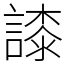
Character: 䜉